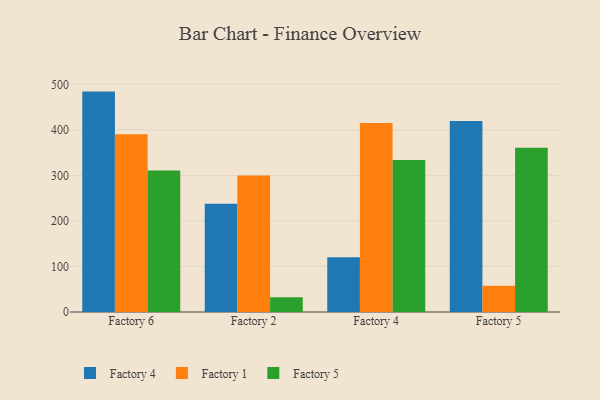
{"axis": {"x": "Factory", "y": "Waste Production (Tons)"}, "legend": ["Factory 1", "Factory 4", "Factory 5"], "data": [{"x": "Factory 6", "y": 484.0, "type": "Factory 4"}, {"x": "Factory 6", "y": 390.5, "type": "Factory 1"}, {"x": "Factory 6", "y": 310.8, "type": "Factory 5"}, {"x": "Factory 2", "y": 237.9, "type": "Factory 4"}, {"x": "Factory 2", "y": 299.5, "type": "Factory 1"}, {"x": "Factory 2", "y": 32.6, "type": "Factory 5"}, {"x": "Factory 4", "y": 120.3, "type": "Factory 4"}, {"x": "Factory 4", "y": 414.9, "type": "Factory 1"}, {"x": "Factory 4", "y": 334.0, "type": "Factory 5"}, {"x": "Factory 5", "y": 419.3, "type": "Factory 4"}, {"x": "Factory 5", "y": 57.9, "type": "Factory 1"}, {"x": "Factory 5", "y": 360.6, "type": "Factory 5"}]}